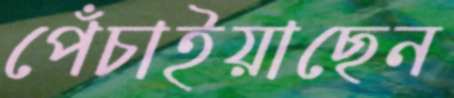
পেঁচাইয়াছেন